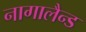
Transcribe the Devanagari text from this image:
नागालैन्ड